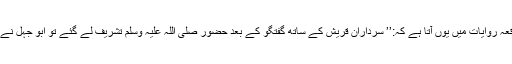
چنانچہ ایک واقعہ روایات میں یوں آتا ہے کہ:’’ سرداران قریش کے ساتھ گفتگو کے بعد حضور صلی اللہ علیہ وسلم تشریف لے گئے تو ابو جہل نے کہا اے قریش!